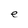
Character: e